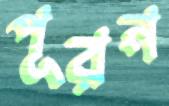
পূরন